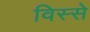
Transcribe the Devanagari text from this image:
विस्से